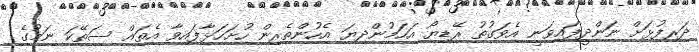
ދަރިފުޅަށް ނަންދީފައިވަނީ އެވަގުތު ރޭޑިޔޯ އަހަމުންދިޔަ އެހުންތެރިން ހުށަހަޅާފައިވާ އެތައް ސަތޭކަ ނަމުގެ